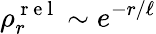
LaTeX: \rho_{r}^{\mathrm{~r~e~l~}}\sim e^{-r/\ell}